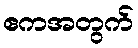
ဧကအတွက်